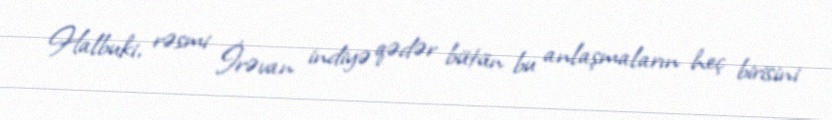
Halbuki, rəsmi İrəvan indiyə qədər bütün bu anlaşmaların heç birisini